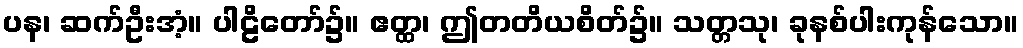
ပန၊ ဆက်ဦးအံ့။ ပါဠိတော်၌။ ဧတ္ထ၊ ဤတတိယစိတ်၌။ သတ္တသု၊ ခုနစ်ပါးကုန်သော။